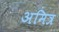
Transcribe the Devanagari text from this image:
अमित्र